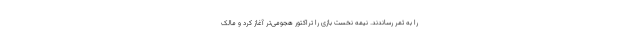
را به ثمر رساندند. نیمه نخست بازی را تراکتور هجومی‌تر آغاز کرد و مالک